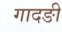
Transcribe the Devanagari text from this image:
गादङी